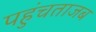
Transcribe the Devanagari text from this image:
पहुंचताजब